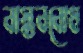
বাস্তববোধ